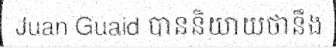
Juan Guaid បាននិយាយថានឹង